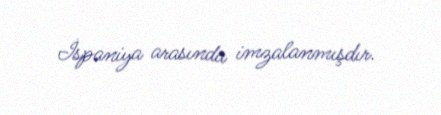
İspaniya arasında imzalanmışdır.